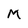
Character: M